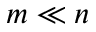
m \ll n